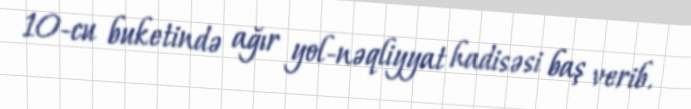
10-cu buketində ağır yol-nəqliyyat hadisəsi baş verib.